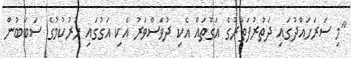
"މި ސަރަހައްދުގައި ދަތުރުފަތުރުގެ އަގުތައް އެކި ދުވަސްވަރު އެކި އަގުގައި ހުރުކުމުގެ ސަބަބުން